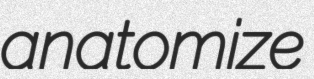
anatomize